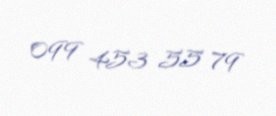
099 453 55 79